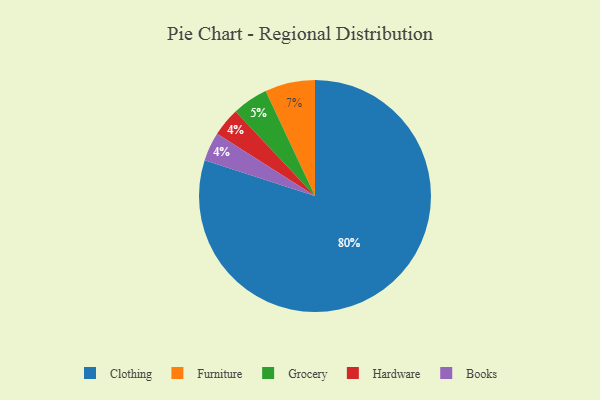
{"axis": {"x": "Category", "y": "Percentage"}, "legend": ["Books", "Clothing", "Furniture", "Grocery", "Hardware"], "data": [{"x": "Hardware", "y": 4, "type": "Hardware"}, {"x": "Grocery", "y": 5, "type": "Grocery"}, {"x": "Clothing", "y": 80, "type": "Clothing"}, {"x": "Books", "y": 4, "type": "Books"}, {"x": "Furniture", "y": 7, "type": "Furniture"}]}